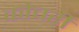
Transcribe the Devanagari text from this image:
कोचरी